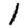
Digit: 1